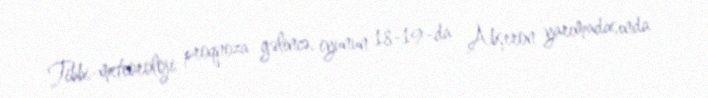
Tibbi-meteoroloji proqnoza gəlincə, iyunun 18-19-da Abşeron yarımadasında